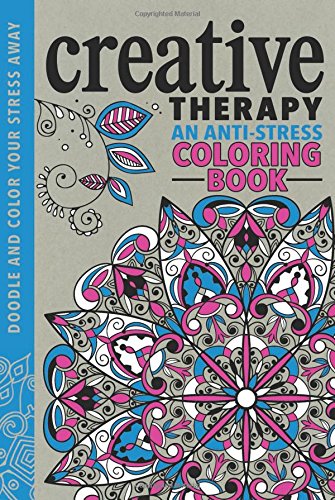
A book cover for Creative Therapy: An Anti-Stress Coloring Book; Hannah Davies; Self-Help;